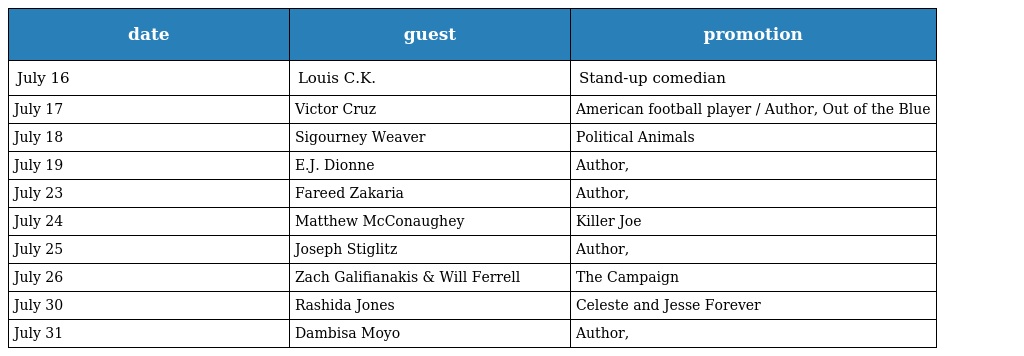
| date | guest | promotion |
 | --- | --- | --- |
 | July 16 | Louis C.K. | Stand-up comedian |
 | July 17 | Victor Cruz | American football player / Author, Out of the Blue |
 | July 18 | Sigourney Weaver | Political Animals |
 | July 19 | E.J. Dionne | Author, |
 | July 23 | Fareed Zakaria | Author, |
 | July 24 | Matthew McConaughey | Killer Joe |
 | July 25 | Joseph Stiglitz | Author, |
 | July 26 | Zach Galifianakis & Will Ferrell | The Campaign |
 | July 30 | Rashida Jones | Celeste and Jesse Forever |
 | July 31 | Dambisa Moyo | Author, |